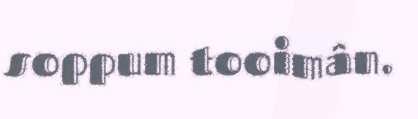
soppum tooimân.